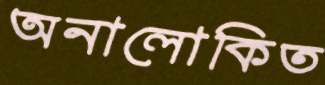
অনালোকিত